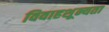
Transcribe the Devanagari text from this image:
विवाहशून्यता